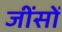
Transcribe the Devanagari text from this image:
जींसों